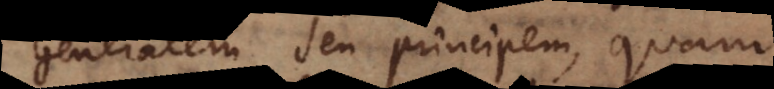
generalem seu principem, quam